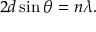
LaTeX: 2 d \sin \theta = n \lambda .